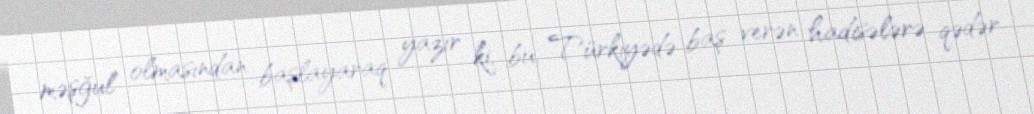
məşğul olmasından başlayaraq yazır ki, bu, Türkiyədə baş verən hadisələrə qədər